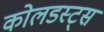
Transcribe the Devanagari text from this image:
कोलडस्ट्स